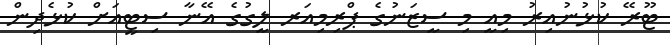
ޓޫރޭ ކުޅުނުއިރު މިއީ މި ސީޒަނުގެ ޕްރިމިއަރ ލީގުގެ އޭނާ ސިޓީއަށް ކުޅެދިން